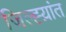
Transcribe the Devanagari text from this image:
जिल्ह्य़ांत